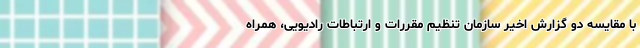
با مقایسه دو گزارش اخیر سازمان تنظیم مقررات و ارتباطات رادیویی، همراه